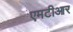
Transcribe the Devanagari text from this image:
एमटीआर